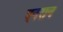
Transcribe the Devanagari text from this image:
एनरान